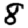
Digit: 8